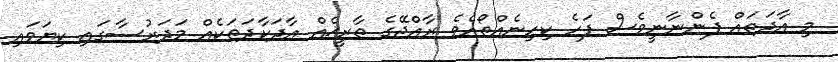
މި އާދަތައް ފެންނާނީވެސް ފަހެ ކިހިނެއްތޯއެވެ ރާއްޖޭގެ ތާރީޚެއް އާދަކާދަތަކެއް މަދަރުސާގައި ކިޔަވައި